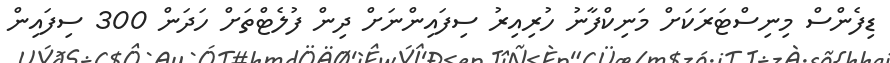
ޑިފެންސް މިނިސްޓަރަކަށް މަނިކްފާނު ހުރިއިރު ސިފައިންނަށް ދިން ފުލެޓްތަށް ހަދަން 300 ސިފައިން